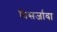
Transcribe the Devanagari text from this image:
विसर्जावा